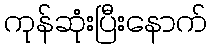
ကုန်ဆုံးပြီးနောက်